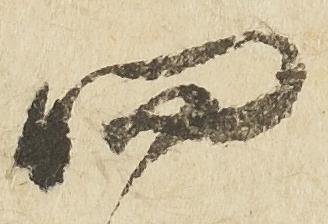
四